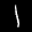
Label: 1